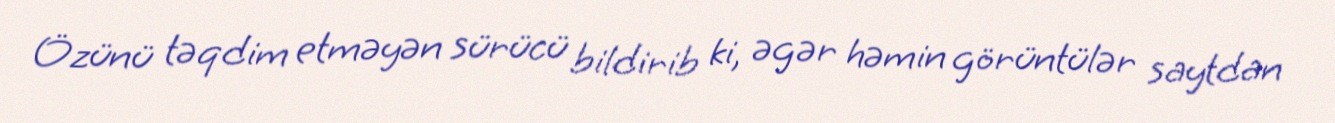
Özünü təqdim etməyən sürücü bildirib ki, əgər həmin görüntülər saytdan